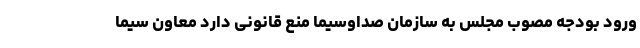
ورود بودجه مصوب مجلس به سازمان صداوسیما منع قانونی دارد معاون سیما